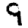
Digit: 9